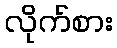
လိုက်စား